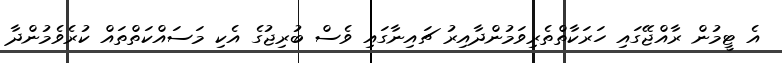
އެ ޓީމުން ރާއްޖޭގައި ހަރަކާތްތެރިވަމުންދާއިރު ޗައިނާގައި ވެސް ބުރިޖުގެ އެކި މަސައްކަތްތައް ކުރެވެމުންދާ